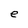
Character: e